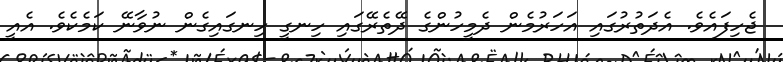
ޖެހިފައެވެ. އެދަތުރުގައި އަހަރުމެން ދެމީހުންގެ ދޭތެރޭގައި ހިނގީ ހިނގައިގެން ނުވާނޭ ކަމެކެވެ. އެއީ